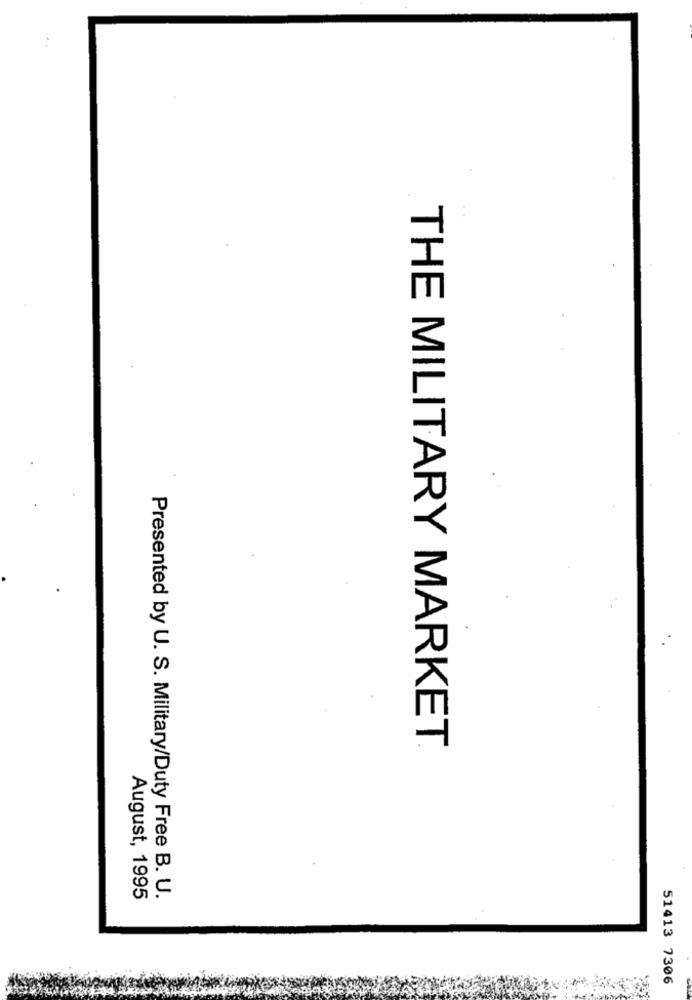
THE MILITARY MARKET
Presented by U. S. Military/Duty Free B. U.
August, 1995
51413 7306